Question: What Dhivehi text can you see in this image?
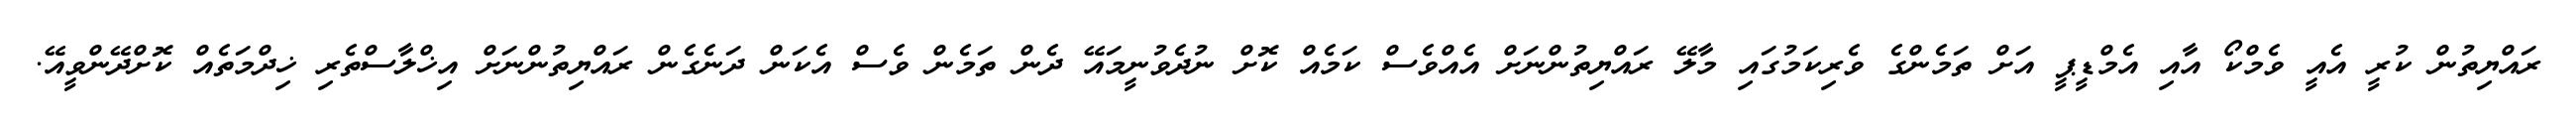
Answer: ރައްޔިތުން ކުރީ އެއީ ވެމްކޯ އާއި އެމްޑީޕީ އަށް ތަމެންގެ ވެރިކަމުގައި މާލޭ ރައްޔިތުންނަށް އެއްވެސް ކަމެއް ކޮށް ނުދެވުނީމައޭ ދެން ތަމެން ވެސް އެކަން ދަނެގެން ރައްޔިތުންނަށް އިޚްލާސްތެރި ޚިދްމަތެއް ކޮށްދޭންވީއޭ.